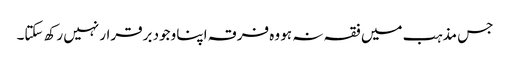
جس مذہب میں فقہ نہ ہو وہ فرقہ اپنا وجود برقرار نہیں رکھ سکتا۔